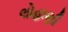
લોહાણી